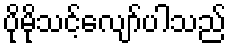
ပိုမိုသင့်လျော်ပါသည်